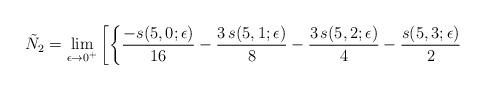
LaTeX: \begin{align*}\tilde{N}_2= \lim_{\epsilon \rightarrow 0^+}\left[ \left\{{{-s(5,0;\epsilon)}\over {16}} - {{3\,s(5,1;\epsilon)}\over 8} - {{3\,s(5,2;\epsilon)}\over 4} - {{s(5,3;\epsilon)}\over 2} \right. \right.\end{align*}